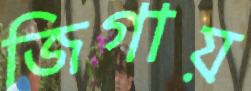
জিগায়